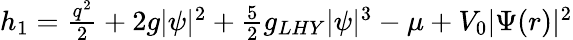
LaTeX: \begin{array}{r}{h_{1}=\frac{q^{2}}{2}+2g|\psi|^{2}+\frac{5}{2}g_{LHY}|\psi|^{3}-\mu+V_{0}|\Psi(r)|^{2}}\end{array}